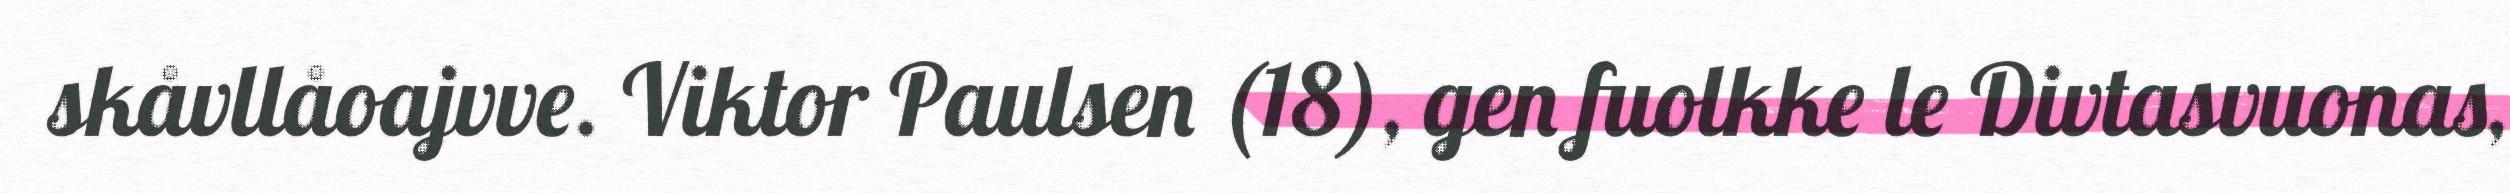
skåvllåoajvve. Viktor Paulsen (18), gen fuolkke le Divtasvuonas,